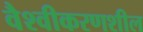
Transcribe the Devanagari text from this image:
वैश्वीकरणशील